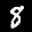
Label: 8